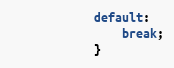
Language: Java
			default:
				break;
			}